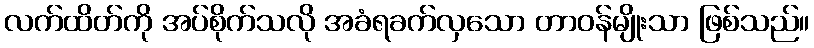
လက်ထိတ်ကို အပ်စိုက်သလို အခံရခက်လှသော တာဝန်မျိုးသာ ဖြစ်သည်။